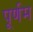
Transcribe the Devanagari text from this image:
पूर्णम